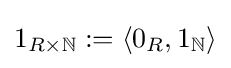
1_{R\times {\mathbb {N} }}:=\langle 0_{R},1_{\mathbb {N} }\rangle